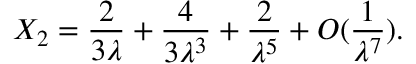
X _ { 2 } = { \frac { 2 } { 3 \lambda } } + { \frac { 4 } { 3 \lambda ^ { 3 } } } + { \frac { 2 } { \lambda ^ { 5 } } } + O ( { \frac { 1 } { \lambda ^ { 7 } } } ) .